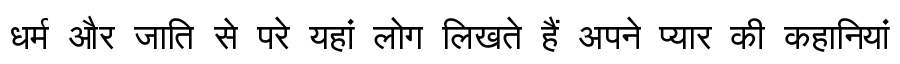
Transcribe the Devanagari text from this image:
धर्म और जाति से परे यहां लोग लिखते हैं अपने प्यार की कहानियां